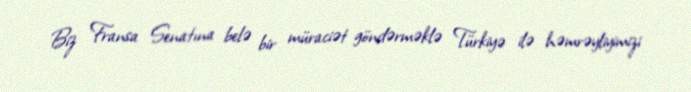
Biz Fransa Senatına belə bir müraciət göndərməklə Türkiyə ilə həmrəyliyimizi